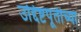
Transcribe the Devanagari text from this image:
उद्दिष्टपूर्तीच्या